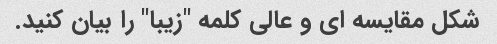
شکل مقایسه ای و عالی کلمه "زیبا" را بیان کنید.